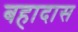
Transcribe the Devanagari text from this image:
बहादास